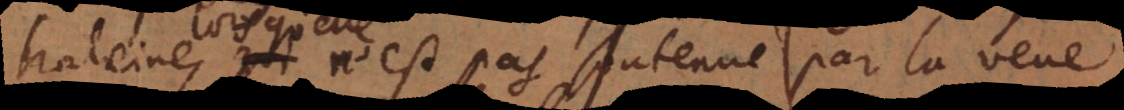
qu’elle n’est pas soutenue par la veue